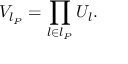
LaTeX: V _ { l _ { P } } = \prod _ { l \in l _ { P } } U _ { l } .